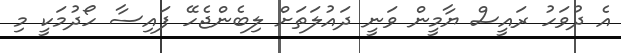
އެ ދުވަހު ރައީސް ޔާމީން ވަނީ ދައުލަތަށް ލިބެންޖެހޭ ފައިސާ ހޯދުމަކީ މި